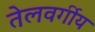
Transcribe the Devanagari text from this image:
तेलवर्गीय